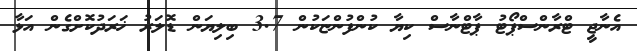
އެނާޖީ ޓްރާންސްޕޯޓު ޕާޓްނާސް ކިޔާ ކުންފުންޏަކުން 3.7 ބިލިޔަން ޑޮލަރު ޚަރަދުކޮށްގެން އަޅާ